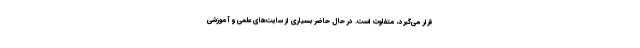
قرار می‌گیرد، متفاوت است. در حال حاضر بسیاری از سایت‌های علمی و آموزشی